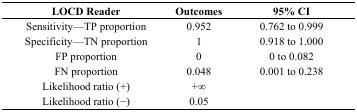
| LOCD Reader | Outcomes | 95% CI |
 | --- | --- | --- |
 | Sensitivity—TP proportion | 0.952 | 0.762 to 0.999 |
 | Specificity—TN proportion | 1 | 0.918 to 1.000 |
 | FP proportion | 0 | 0 to 0.082 |
 | FN proportion | 0.048 | 0.001 to 0.238 |
 | Likelihood ratio (+) | +∞ |  |
 | Likelihood ratio (−) | 0.05 |  |